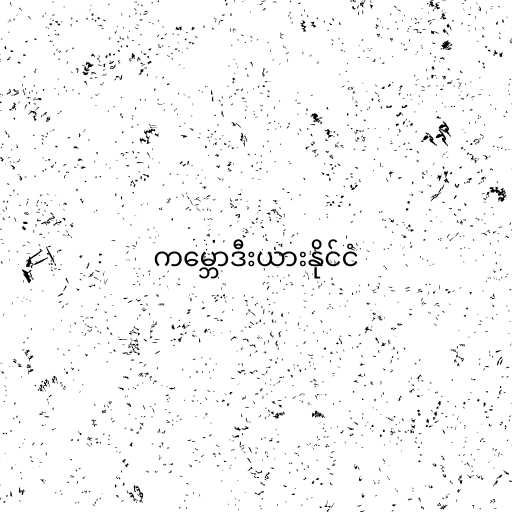
ကမ္ဘောဒီးယားနိုင်ငံ